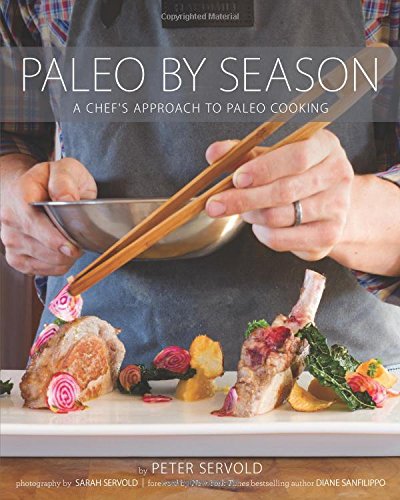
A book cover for Paleo By Season: A Chef's Approach to Paleo Cooking; Peter Servold; Cookbooks, Food & Wine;